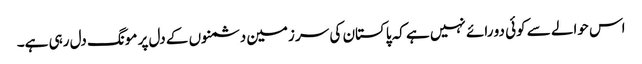
اس حوالے سے کوئی دو رائے نہیں ہے کہ پاکستان کی سر زمین دشمنوں کے دل پر مونگ دل رہی ہے۔